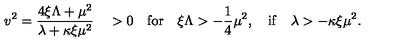
v ^ { 2 } = \frac { 4 \xi \Lambda + \mu ^ { 2 } } { \lambda + \kappa \xi \mu ^ { 2 } } \quad > 0 \quad \mathrm { f o r } \quad \xi \Lambda > - \frac { 1 } { 4 } \mu ^ { 2 } , \quad \mathrm { i f } \quad \lambda > - \kappa \xi \mu ^ { 2 } .